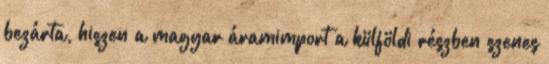
bezárta, hiszen a magyar áramimport a külföldi részben szenes